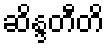
ဆိန္ဒတီတိ